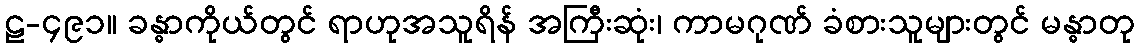
ဠ-၄၉၁။ ခန္ဓာကိုယ်တွင် ရာဟုအသူရိန် အကြီးဆုံး၊ ကာမဂုဏ် ခံစားသူများတွင် မန္ဓာတု